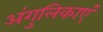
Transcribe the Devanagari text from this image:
अंगुलिकाएं